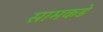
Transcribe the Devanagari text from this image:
सामकडे